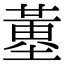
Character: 𡐳